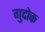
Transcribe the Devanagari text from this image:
गुदोक